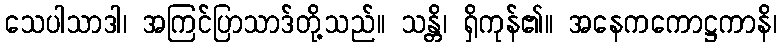
သေပါသာဒါ၊ အကြင်ပြာသာဒ်တို့သည်။ သန္တိ၊ ရှိကုန်၏။ အနေကကောဋ္ဌကာနိ၊